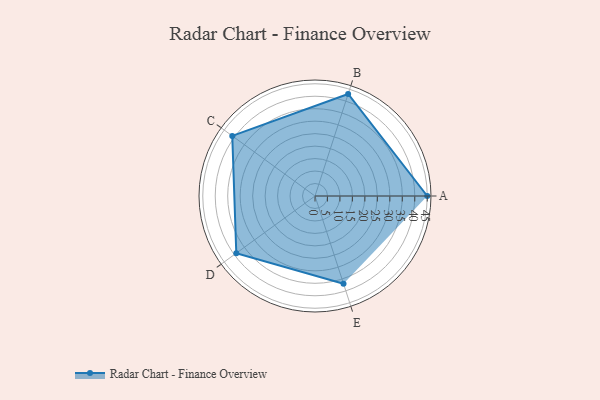
{"axis": {"x": "Skill", "y": "Score"}, "legend": ["Profile"], "data": [{"x": "A", "y": 45.0, "type": "Profile"}, {"x": "B", "y": 43.0, "type": "Profile"}, {"x": "C", "y": 41.0, "type": "Profile"}, {"x": "D", "y": 39.0, "type": "Profile"}, {"x": "E", "y": 37.0, "type": "Profile"}]}